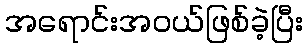
အရောင်းအဝယ်ဖြစ်ခဲ့ပြီး